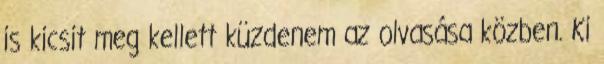
is kicsit meg kellett küzdenem az olvasása közben. Ki